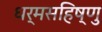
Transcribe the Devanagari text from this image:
धर्मसहिष्णु